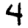
Digit: 4